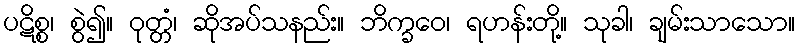
ပဋိစ္စ၊ စွဲ၍။ ဝုတ္တံ၊ ဆိုအပ်သနည်း။ ဘိက္ခဝေ၊ ရဟန်းတို့။ သုခါ၊ ချမ်းသာသော။